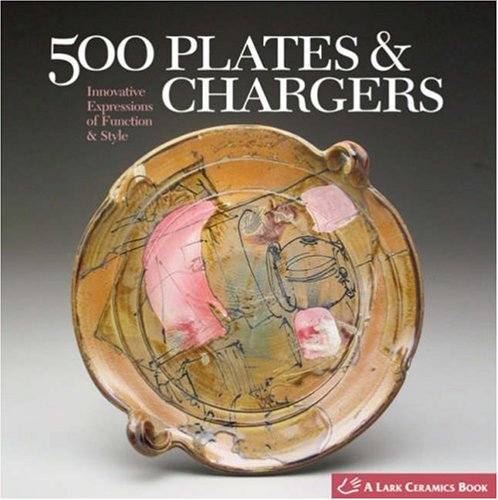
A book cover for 500 Plates & Chargers: Innovative Expressions of Function & Style (500 Series); Lark; Crafts, Hobbies & Home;